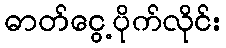
ဓာတ်ငွေ့ပိုက်လိုင်း